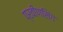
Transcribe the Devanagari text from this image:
प्रवीणसिंग